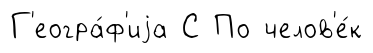
Г'еогра́ф'иjа С По челов'е́к